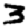
Digit: 3